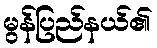
မွန်ပြည်နယ်၏